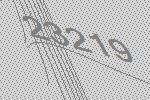
23219